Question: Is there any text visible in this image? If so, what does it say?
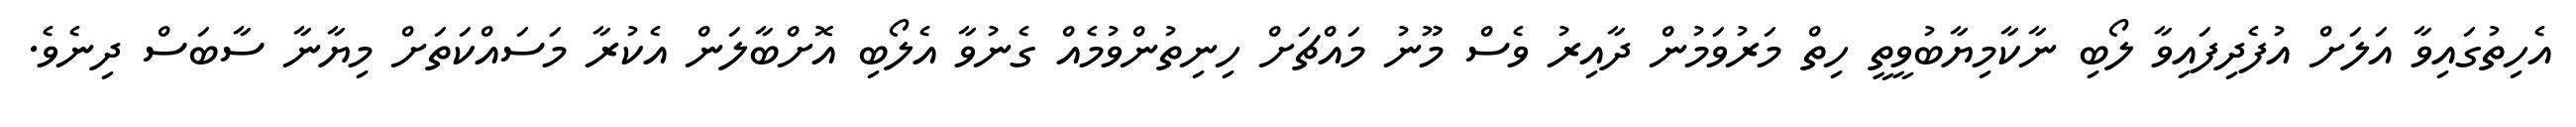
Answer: އެހިތުގައިވާ އަލަށް އުފެދިފައިވާ ލޯބި ނާކާމިޔާބުވީތީ ހިތް މަރުވަމުން ދާއިރު ވެސް މޫނު މައްޗަށް ހިނިތުންވުމެއް ގެނުވާ އެލޯބި އޮށްބާލަން އެކުރާ މަސައްކަތަށް މިޔާނާ ސާބަސް ދިނެވެ.